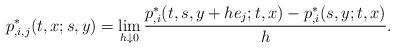
LaTeX: \begin{align*}p^*_{,i,j}(t,x;s,y)=\lim_{h\downarrow 0}\frac{p^*_{,i}(t,s,y+he_j;t,x)-p^*_{,i}(s,y;t,x)}{h}.\end{align*}